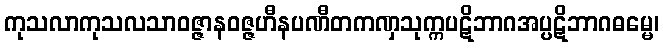
ကုသလာကုသလသာဝဇ္ဇာနဝဇ္ဇဟီနပဏီတကဏှသုက္ကပဋိဘာဂအပ္ပဋိဘာဂဓမ္မေ၊